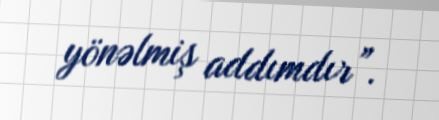
yönəlmiş addımdır”.